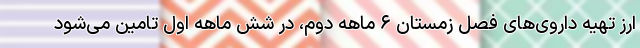
ارز تهیه داروی‌های فصل زمستان ۶ ماهه دوم، در شش ماهه اول تامین می‌شود